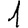
Digit: 1